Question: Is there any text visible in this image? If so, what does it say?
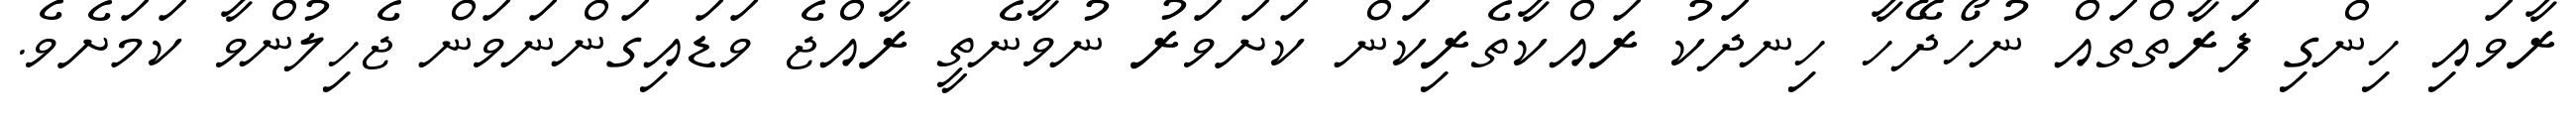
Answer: ރާވައި ހިންގި ފަރާތްތައް ނުހޯދޭހާ ހިނދަކު ރައްކާތެރިކަން ކަށަވަރު ނުވާނެތީ ރާއްޖެ ވަޑައިގަންނަވަން ޖެހިލުންވާ ކަމަށެވެ.